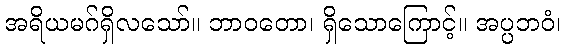
အရိယမဂ်ရှိလသော်။ ဘာဝတော၊ ရှိသောကြောင့်။ အပ္ပဘဝံ၊